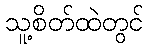
သူ့စိတ်ထဲတွင်